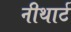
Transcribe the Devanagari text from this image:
नीथार्ट